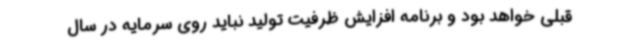
قبلی خواهد بود و برنامه افزایش ظرفیت تولید نباید روی سرمایه در سال